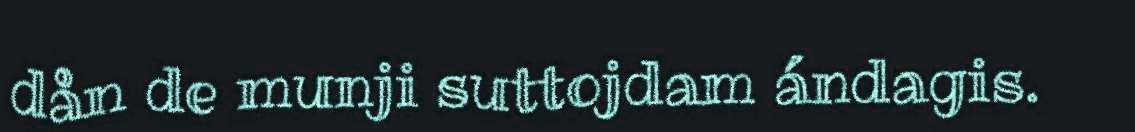
dån de munji suttojdam ándagis.